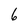
Character: 6